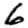
Digit: 6